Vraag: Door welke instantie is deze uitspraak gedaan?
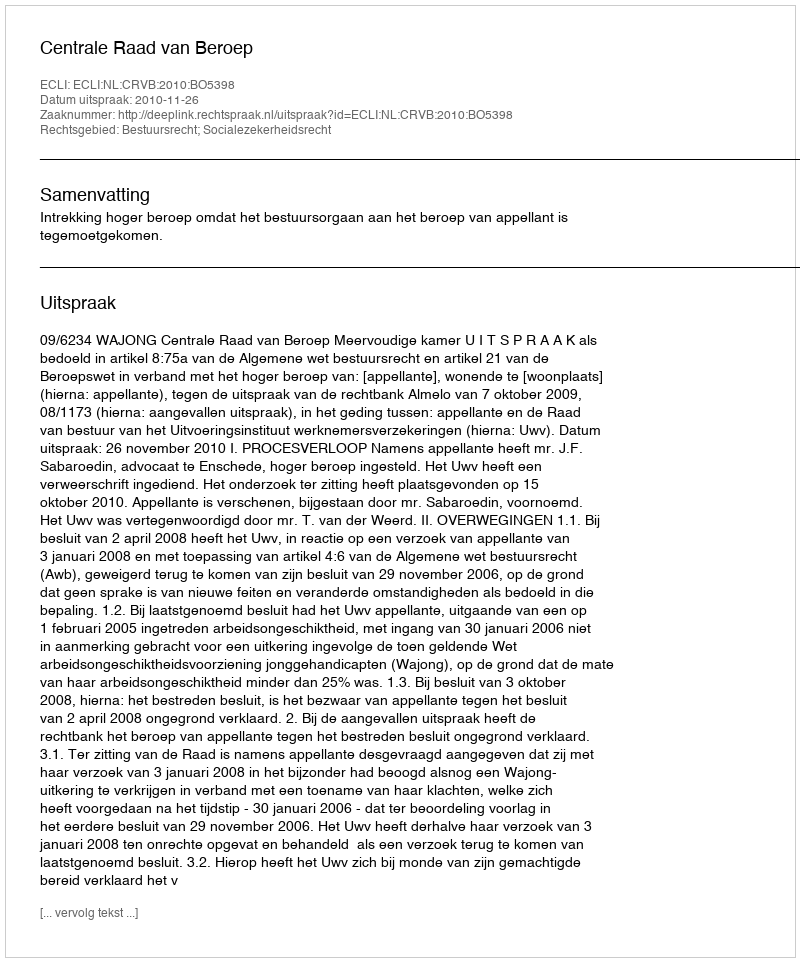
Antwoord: Centrale Raad van Beroep